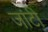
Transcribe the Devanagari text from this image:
जांटी